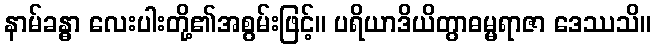
နာမ်ခန္ဓာ လေးပါးတို့၏အစွမ်းဖြင့်။ ပရိယာဒိယိတွာဓမ္မရာဇာ ဒေဿသိ။